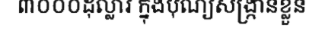
៣០០០ដុល្លារ ក្នុងបុណ្យសង្ក្រានខ្លួន